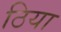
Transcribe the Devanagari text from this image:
ठिया